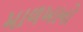
માળખાનો